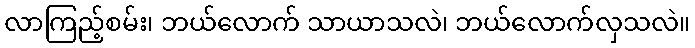
လာကြည့်စမ်း၊ ဘယ်လောက် သာယာသလဲ၊ ဘယ်လောက်လှသလဲ။